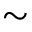
\sim